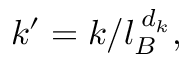
k ^ { \prime } = k / l _ { B } ^ { \; d _ { k } } ,